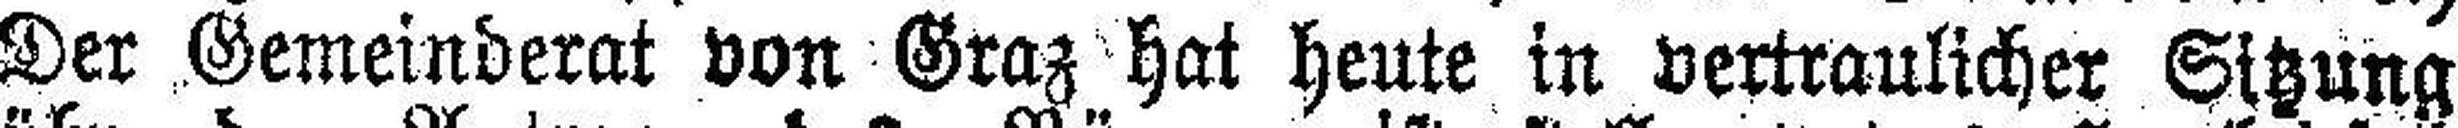
Der Gemeinderat von Graz hat heute in vertraulicher Sitzung